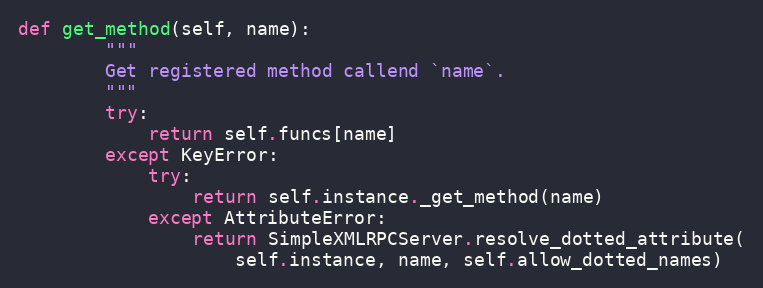
Language: Python
def get_method(self, name):
        """
        Get registered method callend `name`.
        """
        try:
            return self.funcs[name]
        except KeyError:
            try:
                return self.instance._get_method(name)
            except AttributeError:
                return SimpleXMLRPCServer.resolve_dotted_attribute(
                    self.instance, name, self.allow_dotted_names)